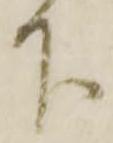
下